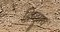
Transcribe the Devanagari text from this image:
हिन्दूपंच